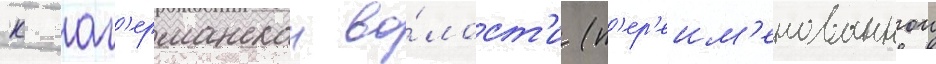
к аг'ерманскои во́лост'и (п'ер'еим'енованнои